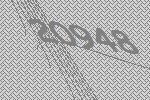
20948